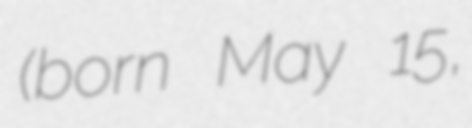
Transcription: (born May 15,